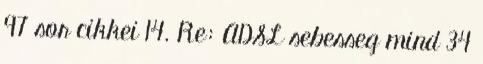
97 sor cikkei 14. Re: ADSL sebesseg mind 34